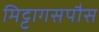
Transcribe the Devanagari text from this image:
मिट्टागसपौस